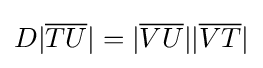
D|{\overline {TU}}|=|{\overline {VU}}||{\overline {VT}}|